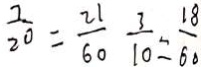
\frac { 7 } { 2 0 } = \frac { 2 1 } { 6 0 } \frac { 3 } { 1 0 } = \frac { 1 8 } { 6 0 }